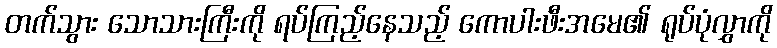
တက်သွား သောသားကြီးကို ရပ်ကြည့်နေသည့် ကောပါးဖီးအမေ၏ ရုပ်ပုံလွှာကို